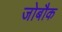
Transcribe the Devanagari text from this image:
जोबौक